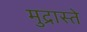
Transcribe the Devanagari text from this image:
मुद्रास्ते